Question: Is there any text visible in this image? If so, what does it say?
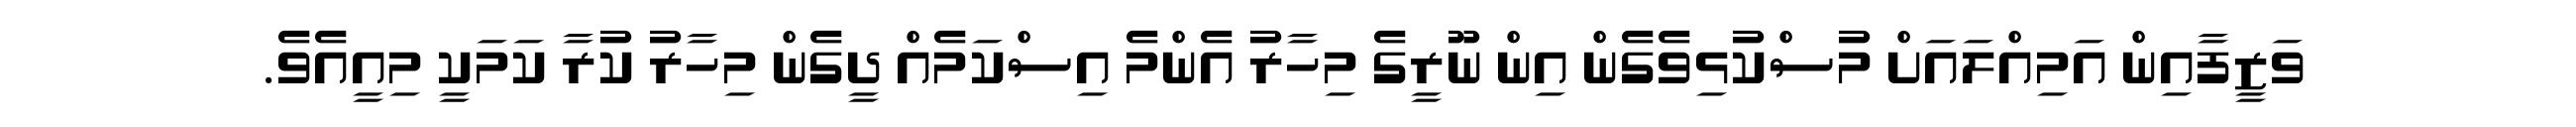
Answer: ވަޒީފާއިން އަމިއްލައަށް މުސްކުޅިވެގެން އިން ނޫރީގެ މިހާރު އެންމެ އިސްކަމެއް ދީގެން މިހާރު ކުރާ ކަމަކީ މިއީއެވެ.